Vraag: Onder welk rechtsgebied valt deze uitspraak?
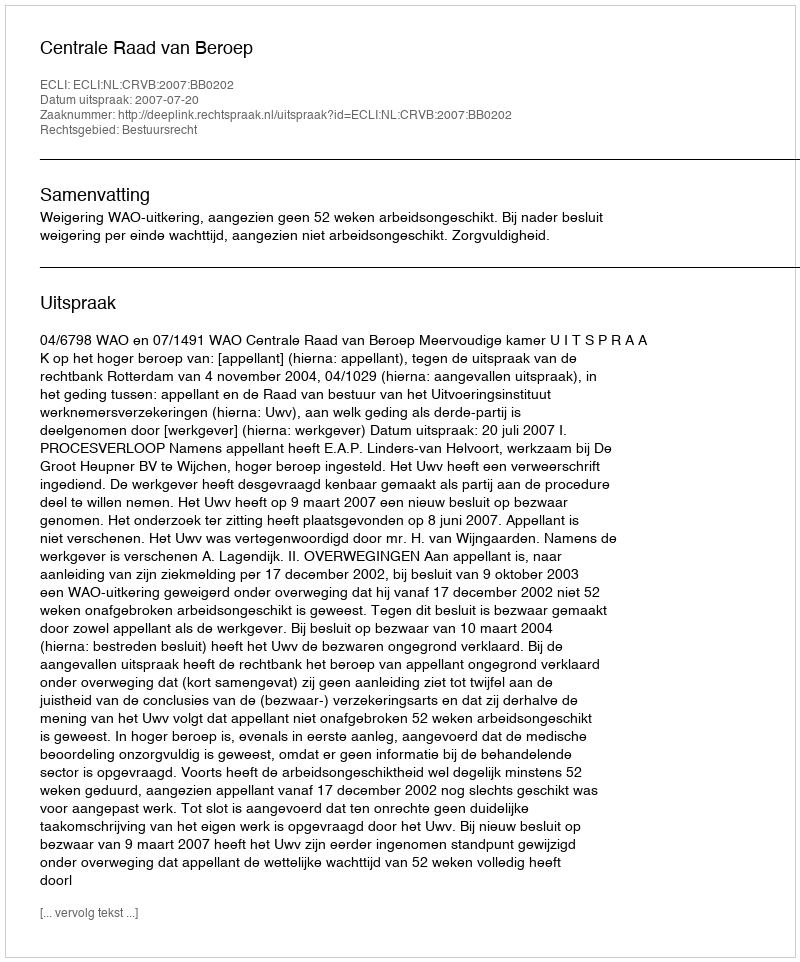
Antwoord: Bestuursrecht